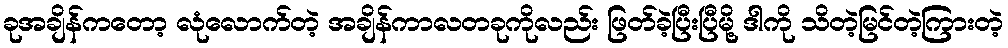
ခုအချိန်ကတော့ လုံလောက်တဲ့ အချိန်ကာလတခုကိုလည်း ဖြတ်ခဲ့ပြီးပြီမို့ ဒါကို သိတဲ့မြင်တဲ့ကြားတဲ့